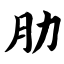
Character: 肋